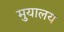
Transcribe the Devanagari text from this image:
मु़यालय